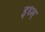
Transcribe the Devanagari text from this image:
इध्म